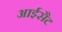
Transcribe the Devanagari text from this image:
आईसैट